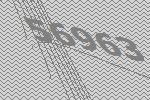
56963